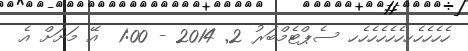
ހެހެހެހެހހެހެހެހެހެހ ސެޕްޓެމްބަރު 2